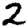
Digit: 2